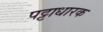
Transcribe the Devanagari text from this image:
पट्टाधारक